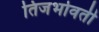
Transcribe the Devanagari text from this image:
तिजभोवती